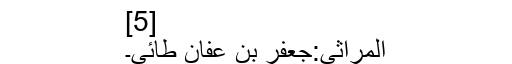
[5]
المراثی:جعفر بن عفان طائی۔